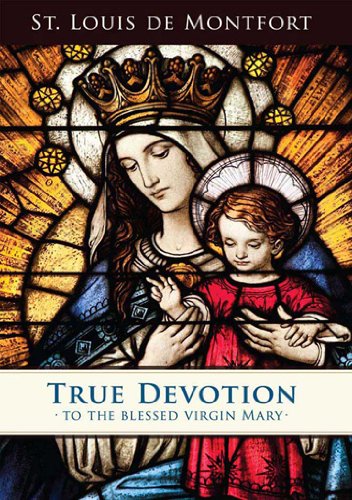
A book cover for True Devotion to the Blessed Virgin; St. Louis de Monfort; Christian Books & Bibles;